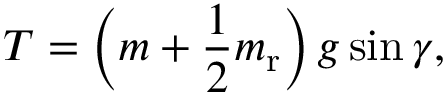
T = \left( m + \frac { 1 } { 2 } m _ { \mathrm { { r } } } \right) g \sin \gamma ,